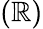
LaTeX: (\mathbb{R})